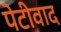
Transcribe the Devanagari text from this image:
पेटीवाद